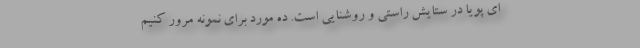
ای پویا در ستایش راستی و روشنایی است. ده مورد برای نمونه مرور کنیم